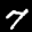
Label: 7